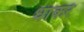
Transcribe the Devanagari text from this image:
धाकरे